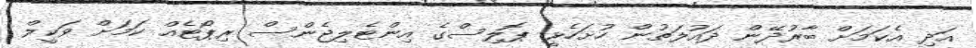
އަދި އެކަމަށް ބާރުދޭން ދައުލަތުން ހުށަހެޅީ ޕޮލިސްގެ އިންޓެލިޖެންސް ރިޕޯޓެއް ކަމަށް ވަކީލް